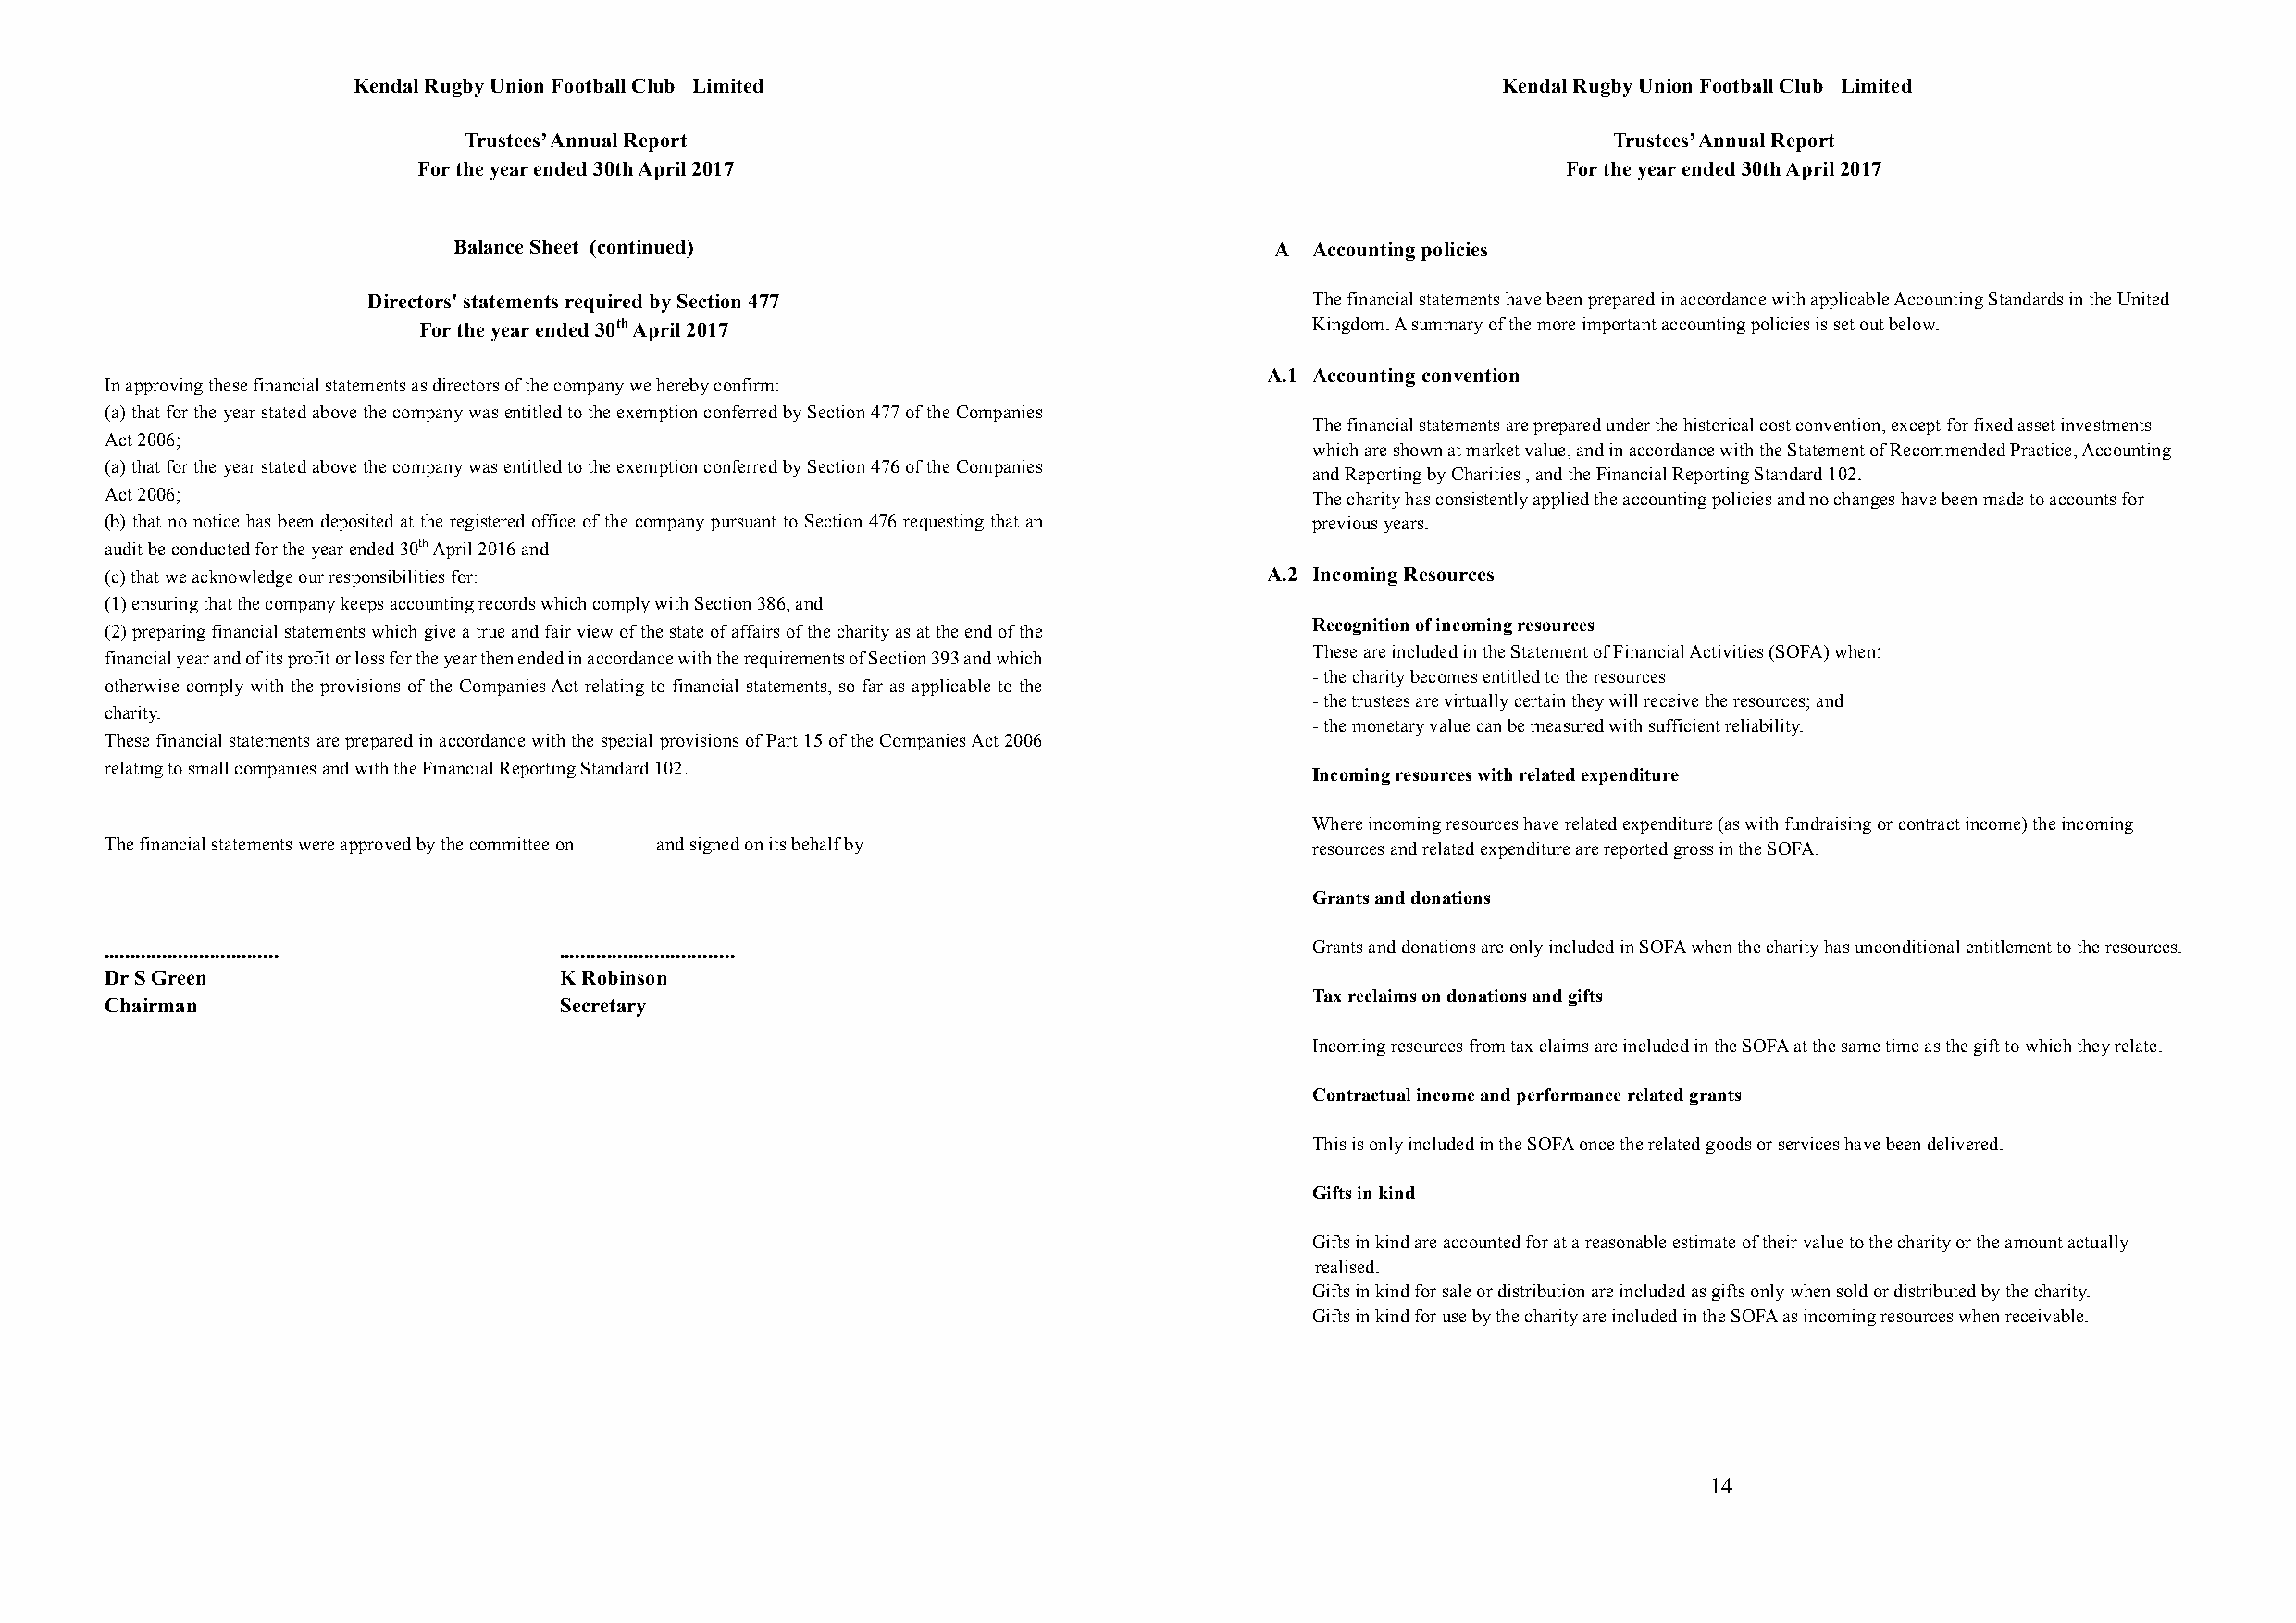
Kendal Rugby Union Football Club Limited                                          Kendal Rugby Union Football Club Limited
 Trustees’ Annual Report                                                           Trustees’ Annual Report
 For the year ended 30th April 2017                                                For the year ended 30th April 2017
 Balance Sheet (continued)                                  A  Accounting policies
 Directors' statements required by Section 477                       The financial statements have been prepared in accordance with applicable Accounting Standards in the United
 For the year ended 30th April 2017                              Kingdom. A summary of the more important accounting policies is set out below.
 A.1 Accounting convention
 In approving these financial statements as directors of the company we hereby confirm:
 (a) that for the year stated above the company was entitled to the exemption conferred by Section 477 of the Companies
 The financial statements are prepared under the historical cost convention, except for fixed asset investments
 Act 2006;
 which are shown at market value, and in accordance with the Statement of Recommended Practice, Accounting
 (a) that for the year stated above the company was entitled to the exemption conferred by Section 476 of the Companies and Reporting by Charities , and the Financial Reporting Standard 102.
 Act 2006;                                                                              The charity has consistently applied the accounting policies and no changes have been made to accounts for
 (b) that no notice has been deposited at the registered office of the company pursuant to Section 476 requesting that an previous years.
 audit be conducted for the year ended 30th April 2016 and
 (c) that we acknowledge our responsibilities for:                                   A.2 Incoming Resources
 (1) ensuring that the company keeps accounting records which comply with Section 386, and
 Recognition of incoming resources
 (2) preparing financial statements which give a true and fair view of the state of affairs of the charity as at the end of the
 These are included in the Statement of Financial Activities (SOFA) when:
 financial year and of its profit or loss for the year then ended in accordance with the requirements of Section 393 and which
 - the charity becomes entitled to the resources
 otherwise comply with the provisions of the Companies Act relating to financial statements, so far as applicable to the
 - the trustees are virtually certain they will receive the resources; and
 charity.
 - the monetary value can be measured with sufficient reliability.
 These financial statements are prepared in accordance with the special provisions of Part 15 of the Companies Act 2006
 relating to small companies and with the Financial Reporting Standard 102.
 Incoming resources with related expenditure
 Where incoming resources have related expenditure (as with fundraising or contract income) the incoming
 The financial statements were approved by the committee on and signed on its behalf by resources and related expenditure are reported gross in the SOFA.
 Grants and donations
 ................................. .................................                    Grants and donations are only included in SOFA when the charity has unconditional entitlement to the resources.
 Dr S Green                       K Robinson
 Tax reclaims on donations and gifts
 Chairman                         Secretary
 Incoming resources from tax claims are included in the SOFA at the same time as the gift to which they relate.
 Contractual income and performance related grants
 This is only included in the SOFA once the related goods or services have been delivered.
 Gifts in kind
 Gifts in kind are accounted for at a reasonable estimate of their value to the charity or the amount actually
 realised.
 Gifts in kind for sale or distribution are included as gifts only when sold or distributed by the charity.
 Gifts in kind for use by the charity are included in the SOFA as incoming resources when receivable.
 14